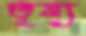
তৃষ্য